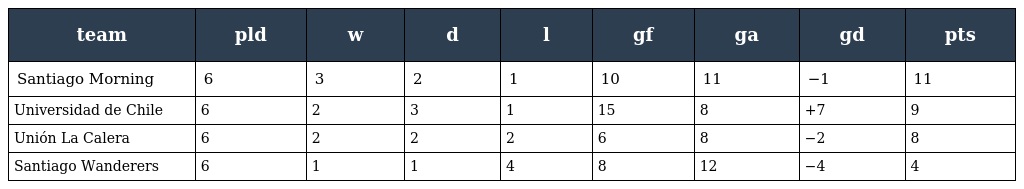
| team | pld | w | d | l | gf | ga | gd | pts |
 | --- | --- | --- | --- | --- | --- | --- | --- | --- |
 | Santiago Morning | 6 | 3 | 2 | 1 | 10 | 11 | −1 | 11 |
 | Universidad de Chile | 6 | 2 | 3 | 1 | 15 | 8 | +7 | 9 |
 | Unión La Calera | 6 | 2 | 2 | 2 | 6 | 8 | −2 | 8 |
 | Santiago Wanderers | 6 | 1 | 1 | 4 | 8 | 12 | −4 | 4 |